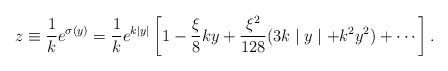
LaTeX: \begin{align*}z \equiv \frac{1}{k} e^{\sigma(y)}= \frac{1}{k} e^{k\mid y \mid}\left[1 - \frac{\xi}{8} ky + \frac{\xi^2}{128} (3k\mid y \mid + k^2 y^2) + \cdots \right].\end{align*}